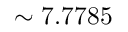
\sim 7 . 7 7 8 5